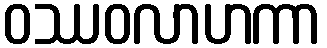
ဝဿဝလာဟကာ